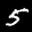
Label: 5